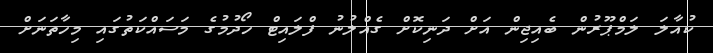
ކުއާލަ ލަމްޕޫރުން ބެއިޖިން އަށް ދަނިކޮށް ގެއްލުނު ފްލައިޓް ހޯދުމުގެ މަސައްކަތުގައި މިހާތަނަށް